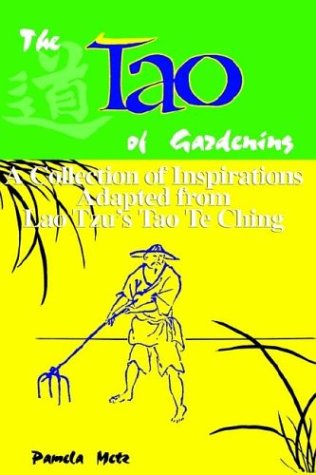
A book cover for Tao of Gardening; Pamela Metz; Crafts, Hobbies & Home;